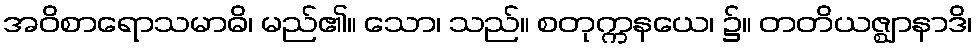
အဝိစာရောသမာဓိ၊ မည်၏။ သော၊ သည်။ စတုက္ကနယေ၊ ၌။ တတိယဇ္ဈာနာဒိ၊